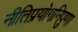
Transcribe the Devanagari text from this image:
नीतिप्रयोगनिपुणा